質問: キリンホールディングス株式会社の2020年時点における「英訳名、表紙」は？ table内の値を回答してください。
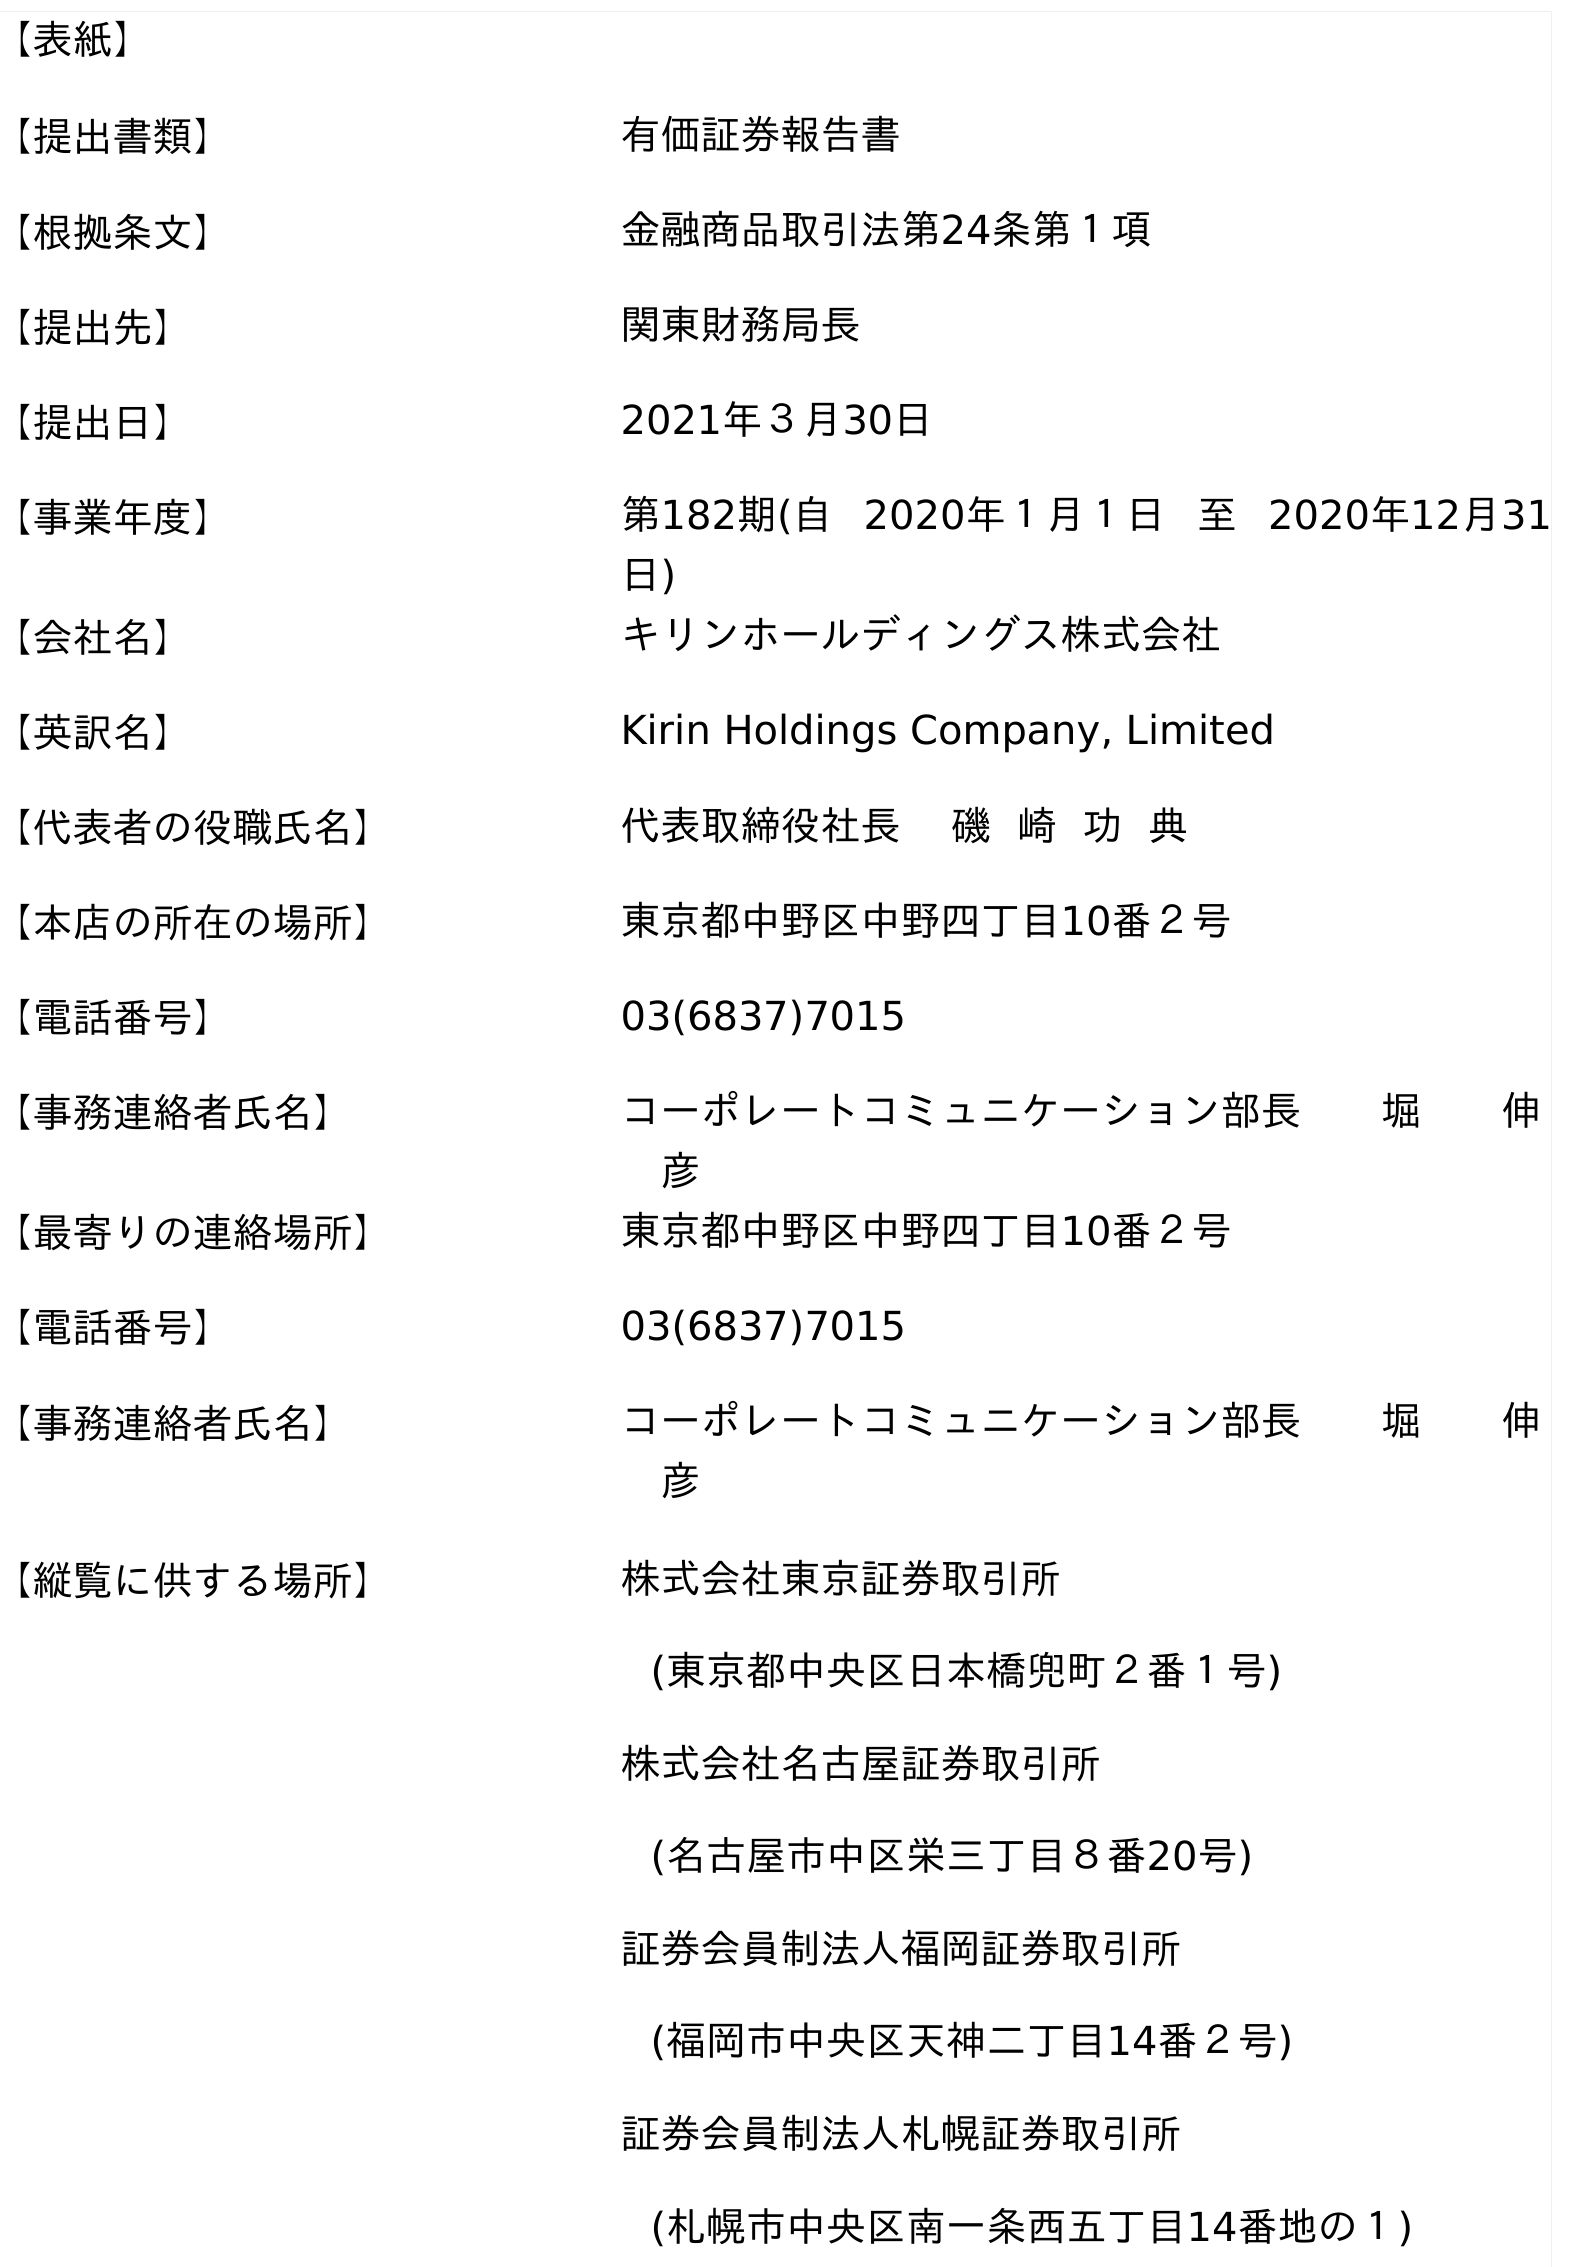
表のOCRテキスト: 【表紙】 【提出書類】 有価証券報告書 【根拠条文】 金融商品取引法第24条第１項 【提出先】 関東財務局長 【提出日】 2021年３月30日 【事業年度】 第182期(自 2020年１月１日 至 2020年12月31 日) 【会社名】 キリンホールディングス株式会社 【英訳名】 Kirin Holdings Company, Limited 【代表者の役職氏名】 代表取締役社長 磯 崎 功 典 【本店の所在の場所】 東京都中野区中野四丁目10番２号 【電話番号】 03(6837)7015 【事務連絡者氏名】 コーポレートコミュニケーション部長  堀  伸  彦 【最寄りの連絡場所】 東京都中野区中野四丁目10番２号 【電話番号】 03(6837)7015 【事務連絡者氏名】 コーポレートコミュニケーション部長  堀  伸  彦 【縦覧に供する場所】 株式会社東京証券取引所 (東京都中央区日本橋兜町２番１号) 株式会社名古屋証券取引所 (名古屋市中区栄三丁目８番20号) 証券会員制法人福岡証券取引所 (福岡市中央区天神二丁目14番２号) 証券会員制法人札幌証券取引所 (札幌市中央区南一条西五丁目14番地の１)
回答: Kirin Holdings Company, Limited